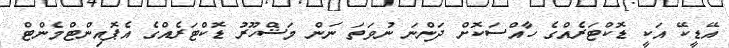
އޭޑީކޭ އަކީ ޑޮކްޓަރެއްގެ ހާއްސަކޮށް ދަންނަ ނުވަތަ ނަން މަޝްހޫރު ޑޮކްޓަރެއްގެ އެޕޮއިންޓްމެންޓް